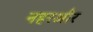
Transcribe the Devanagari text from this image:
नहरऔर